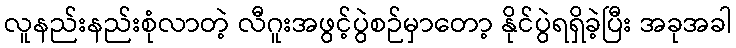
လူနည်းနည်းစုံလာတဲ့ လီဂူးအဖွင့်ပွဲစဉ်မှာတော့ နိုင်ပွဲရရှိခဲ့ပြီး အခုအခါ